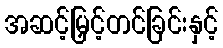
အဆင့်မြှင့်တင်ခြင်းနှင့်